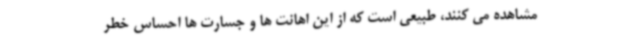
مشاهده می کنند، طبیعی است که از این اهانت ها و جسارت ها احساس خطر